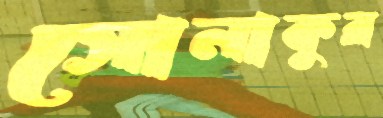
সোনাকুর